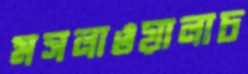
মসলাওয়ালাচ